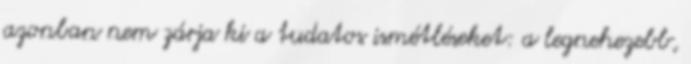
azonban nem zárja ki a tudatos ismétléseket: a legnehezebb,